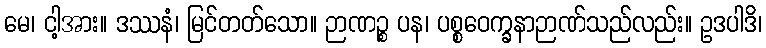
မေ၊ ငါ့အား။ ဒဿနံ၊ မြင်တတ်သော။ ဉာဏဉ္စ ပန၊ ပစ္စဝေက္ခနာဉာဏ်သည်လည်း။ ဥဒပါဒိ၊